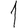
Digit: 1